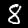
Digit: 8